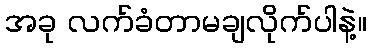
အခု လက်ခံတာမချလိုက်ပါနဲ့။